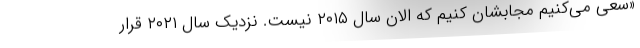
«سعی می‌کنیم مجابشان کنیم که الان سال ۲۰۱۵ نیست. نزدیک سال ۲۰۲۱ قرار